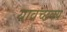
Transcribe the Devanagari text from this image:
यावच्छक्य